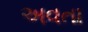
અવતા